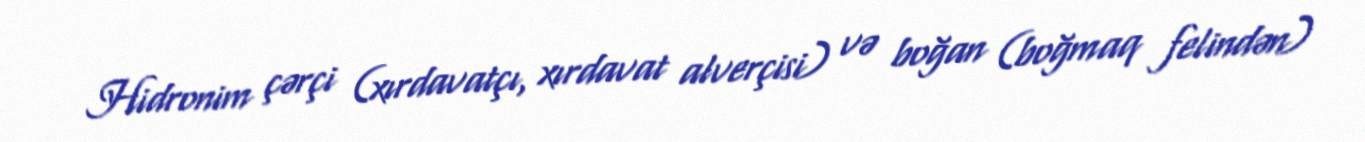
Hidronim çərçi (xırdavatçı, xırdavat alverçisi) və boğan (boğmaq felindən)